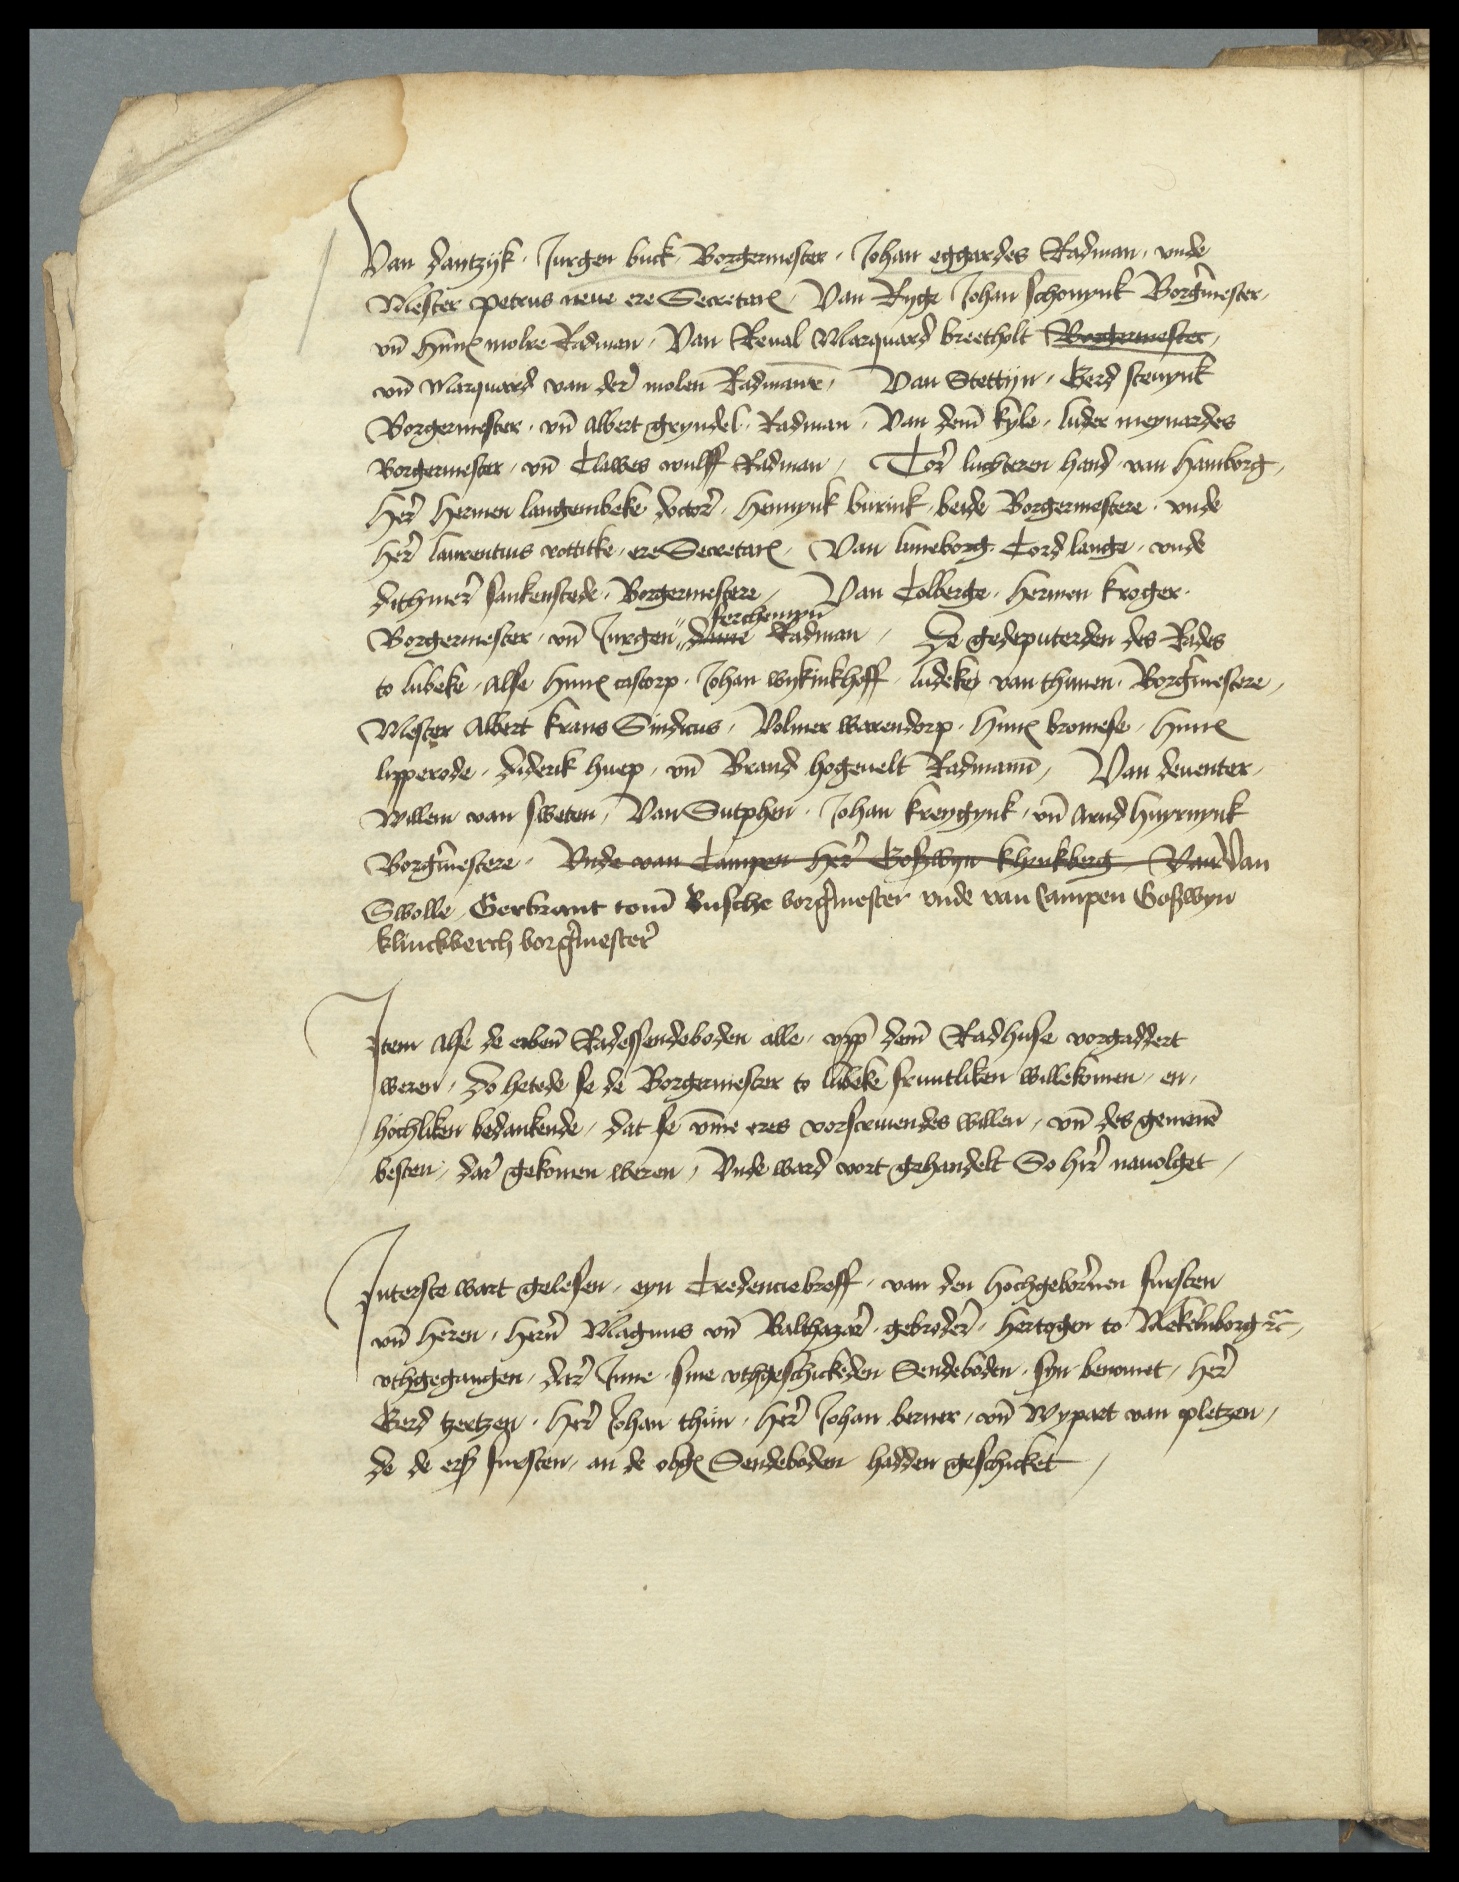
Van Dantzyk Jurgen Buck Borgermester, Johan Eggardes Radman, vnde
Mester Petrus nene ere SecretarꝬ van Ryge Johan Schonynk Borgermester,
vn̄ HinrꝬ Molre Radman, van Reval Marquard Breetholt Sormester
vn̄ Marquard van der Molen Radmāne van Stettyn, Gerd Stenynk
Borgermester, vn̄ Albert Gryndel Radman, van dem̄ Kyle Luder Meynardes
Borgermester, vnd Clawes Wulff Radman, Tor̉ luchteren hand van Hamborg
her̉ Hermen Langenbeke doctor, Hennynk Burink beide Borgermestere vnde
her̉ Laurentius Votticke, ere SecretarꝬ Van Luneborg Cord Lange, vnde
Dithmer Sankenstede Borgermestere, Van Collberge Hermen Kroger
Borgermester vn̄ Jurgen Ferchenyn Radman de gedeputerden des Rades
to Lubeke, alse HinrꝬ Castorp, Johan Wykinkhoff Ludeke van Thunen Borgermestere,
Mester Albert Krans Sindicus, Volmer Warendorp, HinrꝬ Bromese, HinrꝬ
Lipperode, Diderik Huep, vn̄ Brand Hogeuelt Radman, Van Deuenter
Willem van Sweten, Van Sutphen Johan Kreygynk vn̄ van Hnyrnynk
Borg̉mester, Vnde van Campen her ys bert van
Swolle, Gerbrant tom̄ Busche borg̉mester vnde van Campen Goswyn
Klinckwerch borg̉mester̉

Jtem alse de erben̄ Radessendeboden alle vpp̄ deme Radhuse vorgaddert
weren, do hetede se de Borgermester to Lubeke fruntliken willekomen, en
hochliken bedankende, dat se v̄me eres vorscreuendes willen, vnd des gemenē
besten, dar gekomen weren, Vnde ward vort gehandelt so hir nauolget

Jnterste wart gelesen, eyn Credenciebreff van den hochgebornen Fursten
vnd heren, heren Magnus vnd Balthazar gebrodere hertogen to Mekelenborg etcetera
vthgegangen, dar Jnne sine vthgeschickeden Sendeboden syn benomet, here
Gerd Tzeetzen, here Johan Thun, heren Johan Berner, vnd Wypart van Pletzen
de de erscreuen smesten, an de obgenannten Sendeboden, hadden geschicket